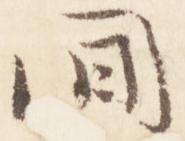
間